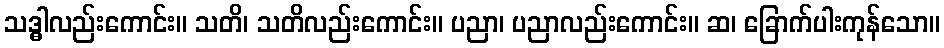
သဒ္ဓါလည်းကောင်း။ သတိ၊ သတိလည်းကောင်း။ ပညာ၊ ပညာလည်းကောင်း။ ဆ၊ ခြောက်ပါးကုန်သော။